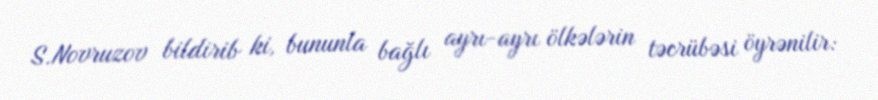
S.Novruzov bildirib ki, bununla bağlı ayrı-ayrı ölkələrin təcrübəsi öyrənilir: